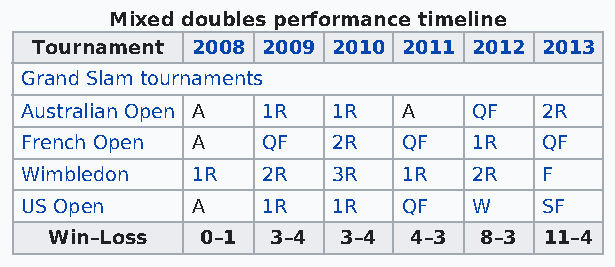
Mixed doubles performance timeline
 Tournament 2008 2009 2010 2011 2012 2013
 Grand Slam tournaments
 Australian Open A 1R 1R   A   QF   2R
 French Open A   QF   2R   QF  1R   QF
 Wimbledon   1R  2R   3R   1R  2R   F
 US Open     A   1R   1R   QF  W    SF
 Win–Loss  0–1  3–4  3–4 4–3  8–3 11–4